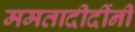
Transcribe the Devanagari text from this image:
ममतादीदींनी